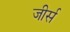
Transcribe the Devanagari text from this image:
जीर्स